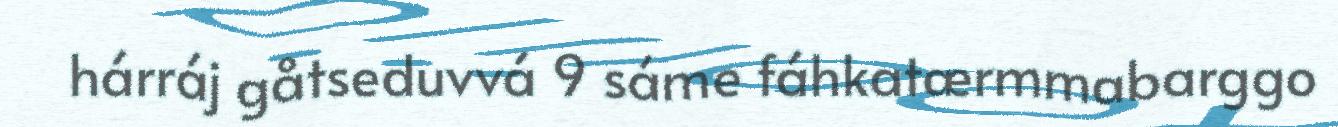
hárráj gåtseduvvá 9 sáme fáhkatærmmabarggo